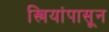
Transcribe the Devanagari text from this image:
स्त्रियांपासून